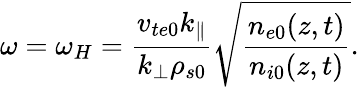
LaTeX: \omega=\omega_{H}=\frac{v_{te0}k_{\parallel}}{k_{\perp}\rho_{s0}}\sqrt{\frac{n_{e0}(z,t)}{n_{i0}(z,t)}}.